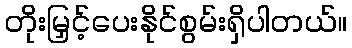
တိုးမြှင့်ပေးနိုင်စွမ်းရှိပါတယ်။